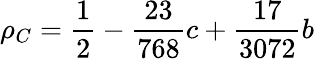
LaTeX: \rho_{C}=\frac{1}{2}-\frac{23}{768}c+\frac{17}{3072}b